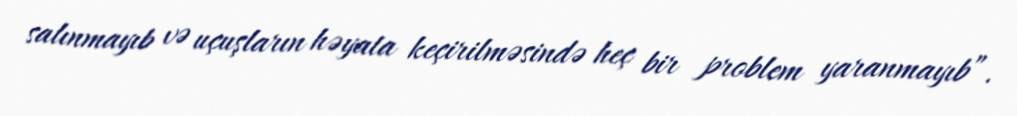
salınmayıb və uçuşların həyata keçirilməsində heç bir problem yaranmayıb”.